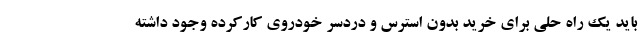
باید یک راه حلی برای خرید بدون استرس و دردسر خودروی کارکرده وجود داشته